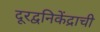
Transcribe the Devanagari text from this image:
दूरद्वनिकेंद्राची